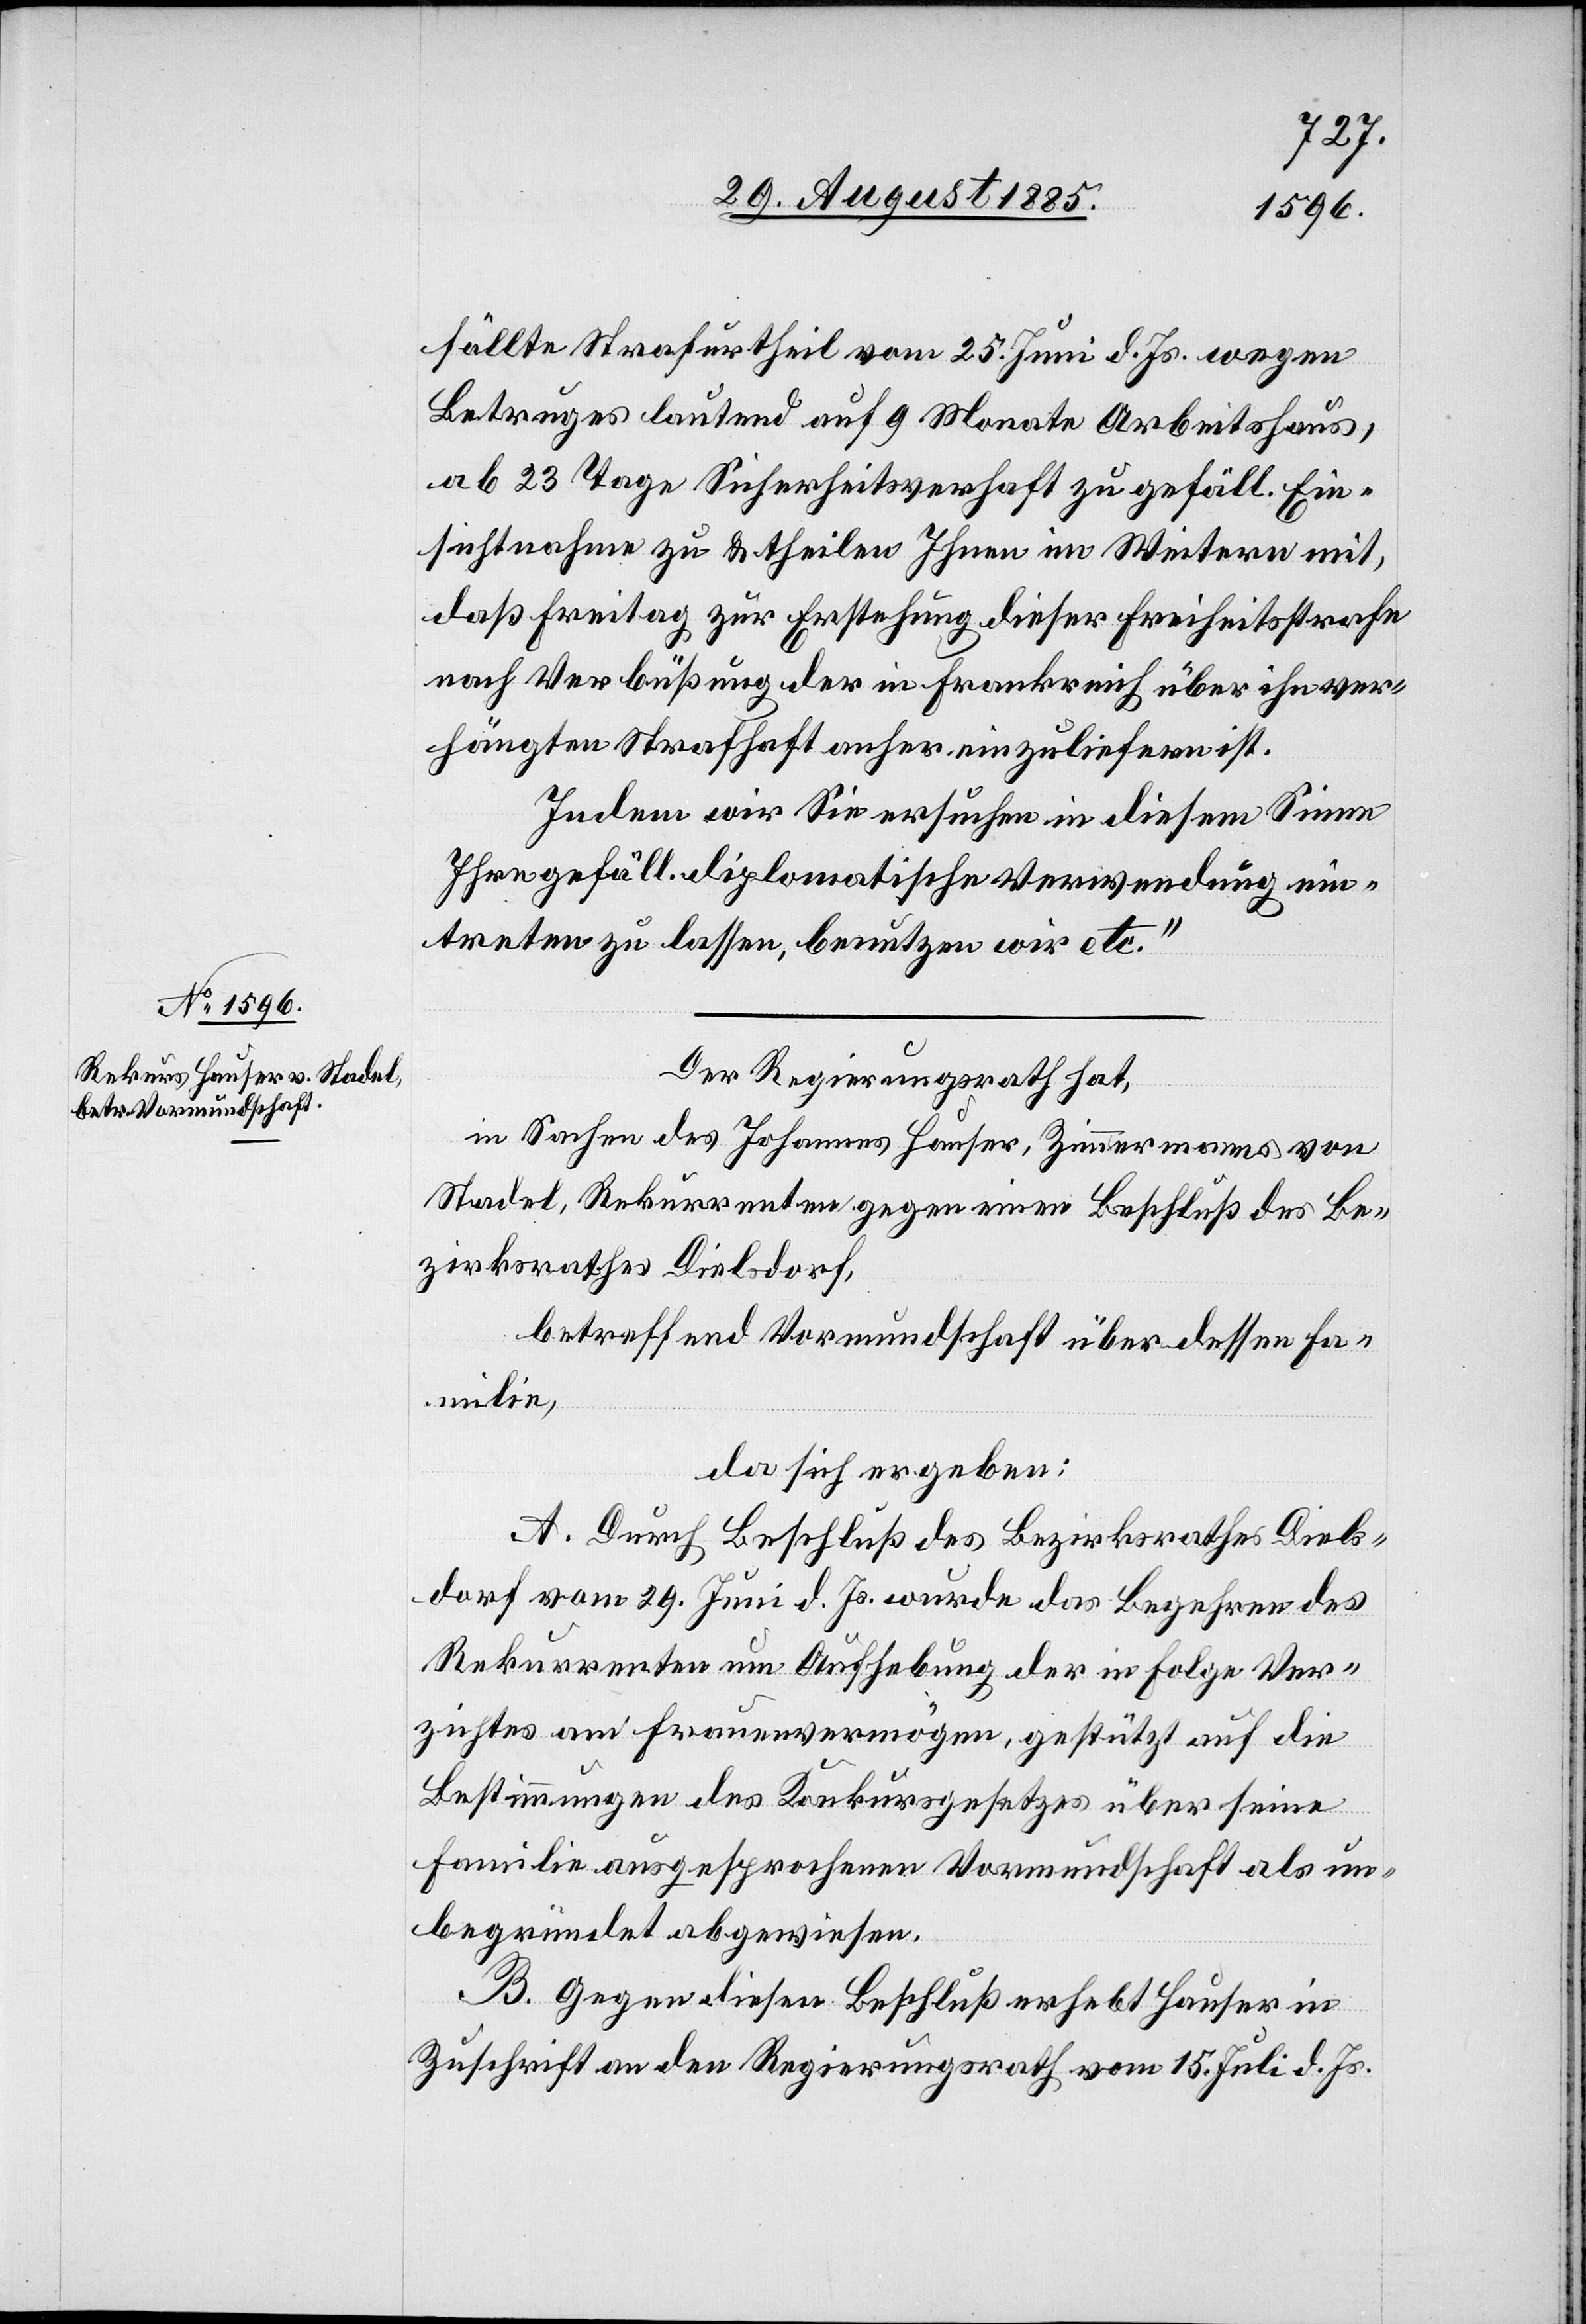
fällte Strafurtheil vom 25. Juni d. Js. wegen
Betruges lautend auf 9 Monate Arbeitshaus,
ab 23 Tage Sicherheitsverhaft zu gefäll. Ein¬
sichtnahme zu & theilen Ihnen im Weitern mit,
daß Freitag zur Erstehung dieser Freiheitsstrafe
nach Verbüßung der in Frankreich über ihn ver¬
hängten Strafhaft anher einzuliefern ist.
Indem wir Sie ersuchen in diesem Sinne
Ihre gefäll. diplomatische Verwendung ein¬
treten zu lassen, benutzen wir etc.“
Der Regierungsrath hat,
in Sachen des Johannes Hauser, Zimmermann von
Stadel, Rekurrenten gegen einen Beschluß des Be¬
zirksrathes Dielsdorf,
betreffend Vormundschaft über dessen Fa¬
milie,
da sich ergeben:
A. Durch Beschluß des Bezirksrathes Diels¬
dorf vom 29. Juni d. Js. wurde das Begehren des
Rekurrenten um Aufhebung der in Folge Ver¬
zichtes am Frauenvermögen, gestützt auf die
Bestimmungen des Konkursgesetzes über seine
Familie ausgesprochenen Vormundschaft als un¬
begründet abgewiesen.
B. Gegen diesen Beschluß erhebt Hauser in
Zuschrift an den Regierungsrath vom 15. Juli d. Js.